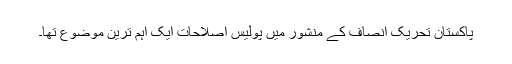
پاکستان تحریک انصاف کے منشور میں پولیس اصلاحات ایک اہم ترین موضوع تھا۔